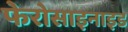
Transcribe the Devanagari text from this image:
फेरोसाइनाइड